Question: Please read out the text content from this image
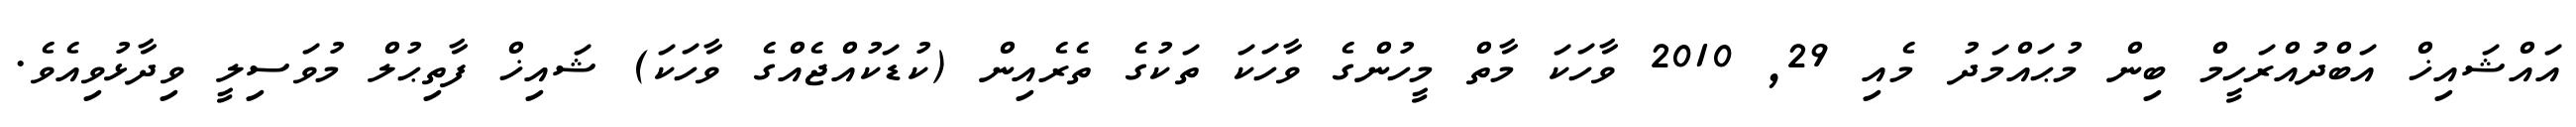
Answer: އައްޝައިޚް އަބްދުއްރަހީމް ބިން މުޙައްމަދު މެއި 29, 2010 ވާހަކަ މާތް މީހުންގެ ވާހަކަ ތަކުގެ ތެރެއިން (ކުޑަކުއްޖެއްގެ ވާހަކަ) ޝައިޚް ފާތިޙުލް މުވަސިލީ ވިދާޅުވިއެވެ.